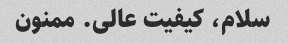
سلام، کیفیت عالی. ممنون